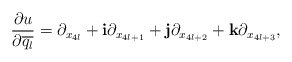
\begin{align*} \begin{aligned} \frac{\partial u}{\partial \overline{q_l}}=\partial_{x_{4l}}+\mathbf{i}\partial_{x_{4l+1}}+\mathbf{j}\partial_{x_{4l+2}}+\mathbf{k}\partial_{x_{4l+3}}, \end{aligned} \end{align*}